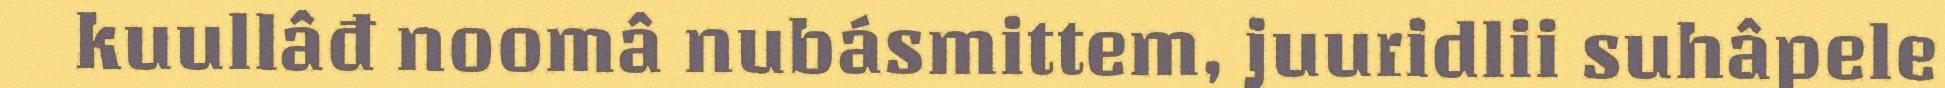
kuullâđ noomâ nubásmittem, juuridlii suhâpele